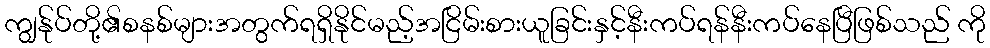
ကျွန်ုပ်တို့၏စနစ်များအတွက်ရရှိနိုင်မည့်အငြိမ်းစားယူခြင်းနှင့်နီးကပ်ရန်နီးကပ်နေပြီဖြစ်သည် ကို